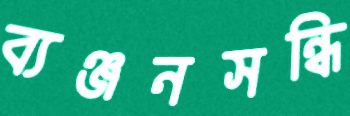
ব্যঞ্জনসন্ধি